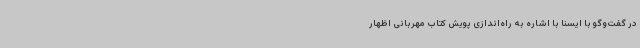
در گفت‌وگو با ایسنا با اشاره به راه‌اندازی پویش کتاب مهربانی اظهار